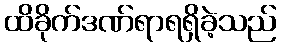
ထိခိုက်ဒဏ်ရာရရှိခဲ့သည်